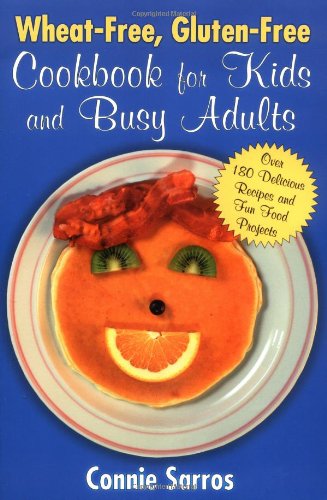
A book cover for Wheat-Free, Gluten-Free Cookbook for Kids and Busy Adults; Connie Sarros; Health, Fitness & Dieting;